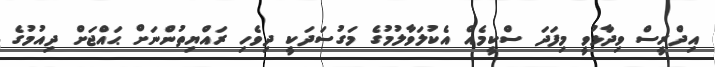
އިދްރީސް ވިދާޅުވީ މިފަދަ ސްކީމެއް އެކުލަވާލުމުގެ މަގުސަދަކީ ދިވެހި ރައްޔިތުންނަށް ޙައްޖަށް ދިއުމުގެ